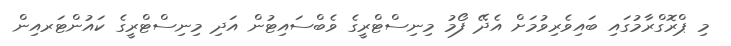
މި ޕްރޮގްރާމުގައި ބައިވެރިވުމަށް އެދޭ ފޯމު މިނިސްޓްރީގެ ވެބްސައިޓުން އަދި މިނިސްޓްރީގެ ކައުންޓަރއިން